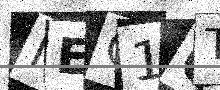
Text: NEQ1QT